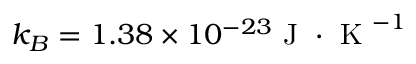
k _ { B } = 1 . 3 8 \times 1 0 ^ { - 2 3 } \textrm { J } \cdot \textrm { K } ^ { - 1 }